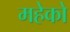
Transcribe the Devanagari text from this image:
महेको